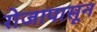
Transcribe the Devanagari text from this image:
रोजापासून